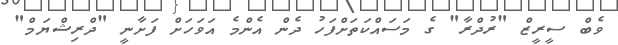
ވެބް ސީރީޒް "ރުދްރާ" ގެ މަސައްކަތަށްފަހު ދެން އެންމެ އަވަހަށް ފަށާނީ "ދްރިޝްޔަމް"